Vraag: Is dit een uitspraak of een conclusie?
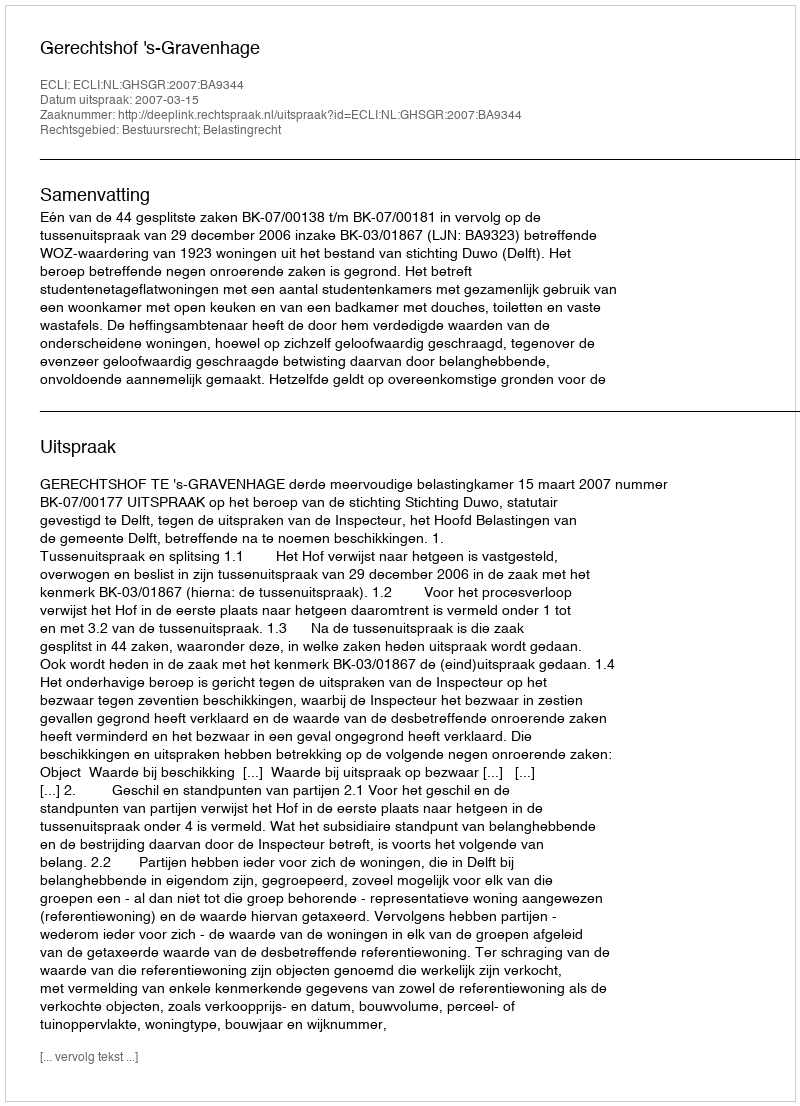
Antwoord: Uitspraak